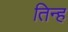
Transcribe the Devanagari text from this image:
तिन्ह